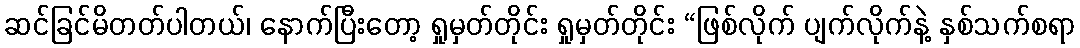
ဆင်ခြင်မိတတ်ပါတယ်၊ နောက်ပြီးတော့ ရှုမှတ်တိုင်း ရှုမှတ်တိုင်း “ဖြစ်လိုက် ပျက်လိုက်နဲ့ နှစ်သက်စရာ